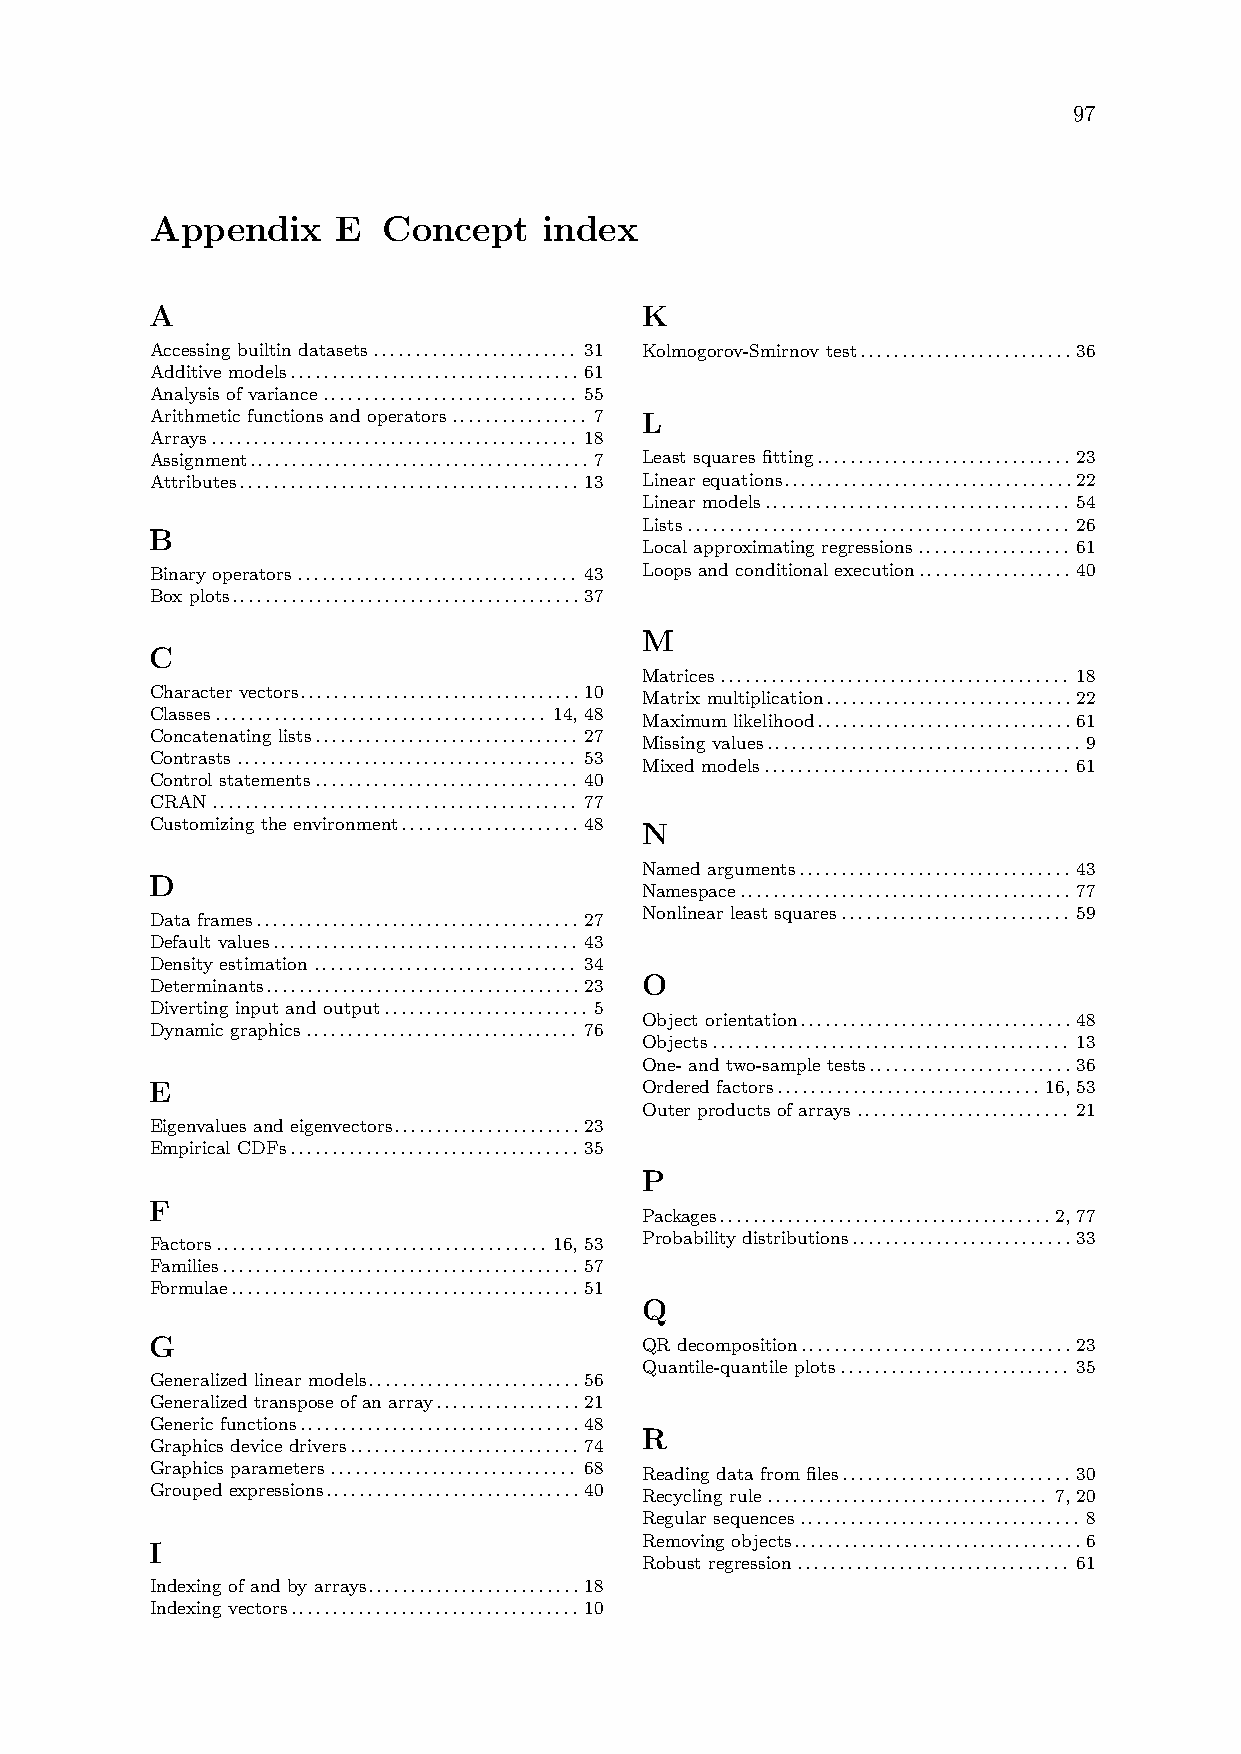
97
 Appendix    E  Concept    index
 A                               K
 Accessing builtin datasets........................ 31 Kolmogorov-Smirnov test.........................36
 Additive models.................................. 61
 Analysis of variance.............................. 55
 Arithmetic functions and operators................ 7 L
 Arrays........................................... 18
 Assignment........................................7 Least squares fitting.............................. 23
 Attributes........................................13 Linear equations..................................22
 Linear models.................................... 54
 Lists............................................. 26
 B
 Local approximating regressions.................. 61
 Binary operators................................. 43 Loops and conditional execution.................. 40
 Box plots.........................................37
 M
 C
 Matrices......................................... 18
 Character vectors.................................10
 Matrix multiplication.............................22
 Classes....................................... 14, 48
 Maximum likelihood..............................61
 Concatenating lists............................... 27
 Missing values..................................... 9
 Contrasts........................................ 53
 Mixed models.................................... 61
 Control statements............................... 40
 CRAN........................................... 77
 Customizing the environment..................... 48 N
 Named arguments................................ 43
 D
 Namespace....................................... 77
 Nonlinear least squares........................... 59
 Data frames...................................... 27
 Default values.................................... 43
 Density estimation............................... 34
 Determinants.....................................23 O
 Diverting input and output........................ 5
 Object orientation................................48
 Dynamic graphics................................ 76
 Objects.......................................... 13
 One- and two-sample tests........................36
 E                                Ordered factors............................... 16, 53
 Outer products of arrays......................... 21
 Eigenvalues and eigenvectors......................23
 Empirical CDFs.................................. 35
 P
 F
 Packages.......................................2, 77
 Factors....................................... 16, 53 Probability distributions..........................33
 Families.......................................... 57
 Formulae......................................... 51
 Q
 G                                QR decomposition................................23
 Quantile-quantile plots........................... 35
 Generalized linear models.........................56
 Generalized transpose of an array.................21
 Generic functions.................................48
 R
 Graphics device drivers........................... 74
 Graphics parameters............................. 68 Reading data from files........................... 30
 Grouped expressions..............................40 Recycling rule................................. 7, 20
 Regular sequences................................. 8
 Removing objects..................................6
 I
 Robust regression................................ 61
 Indexing of and by arrays.........................18
 Indexing vectors..................................10